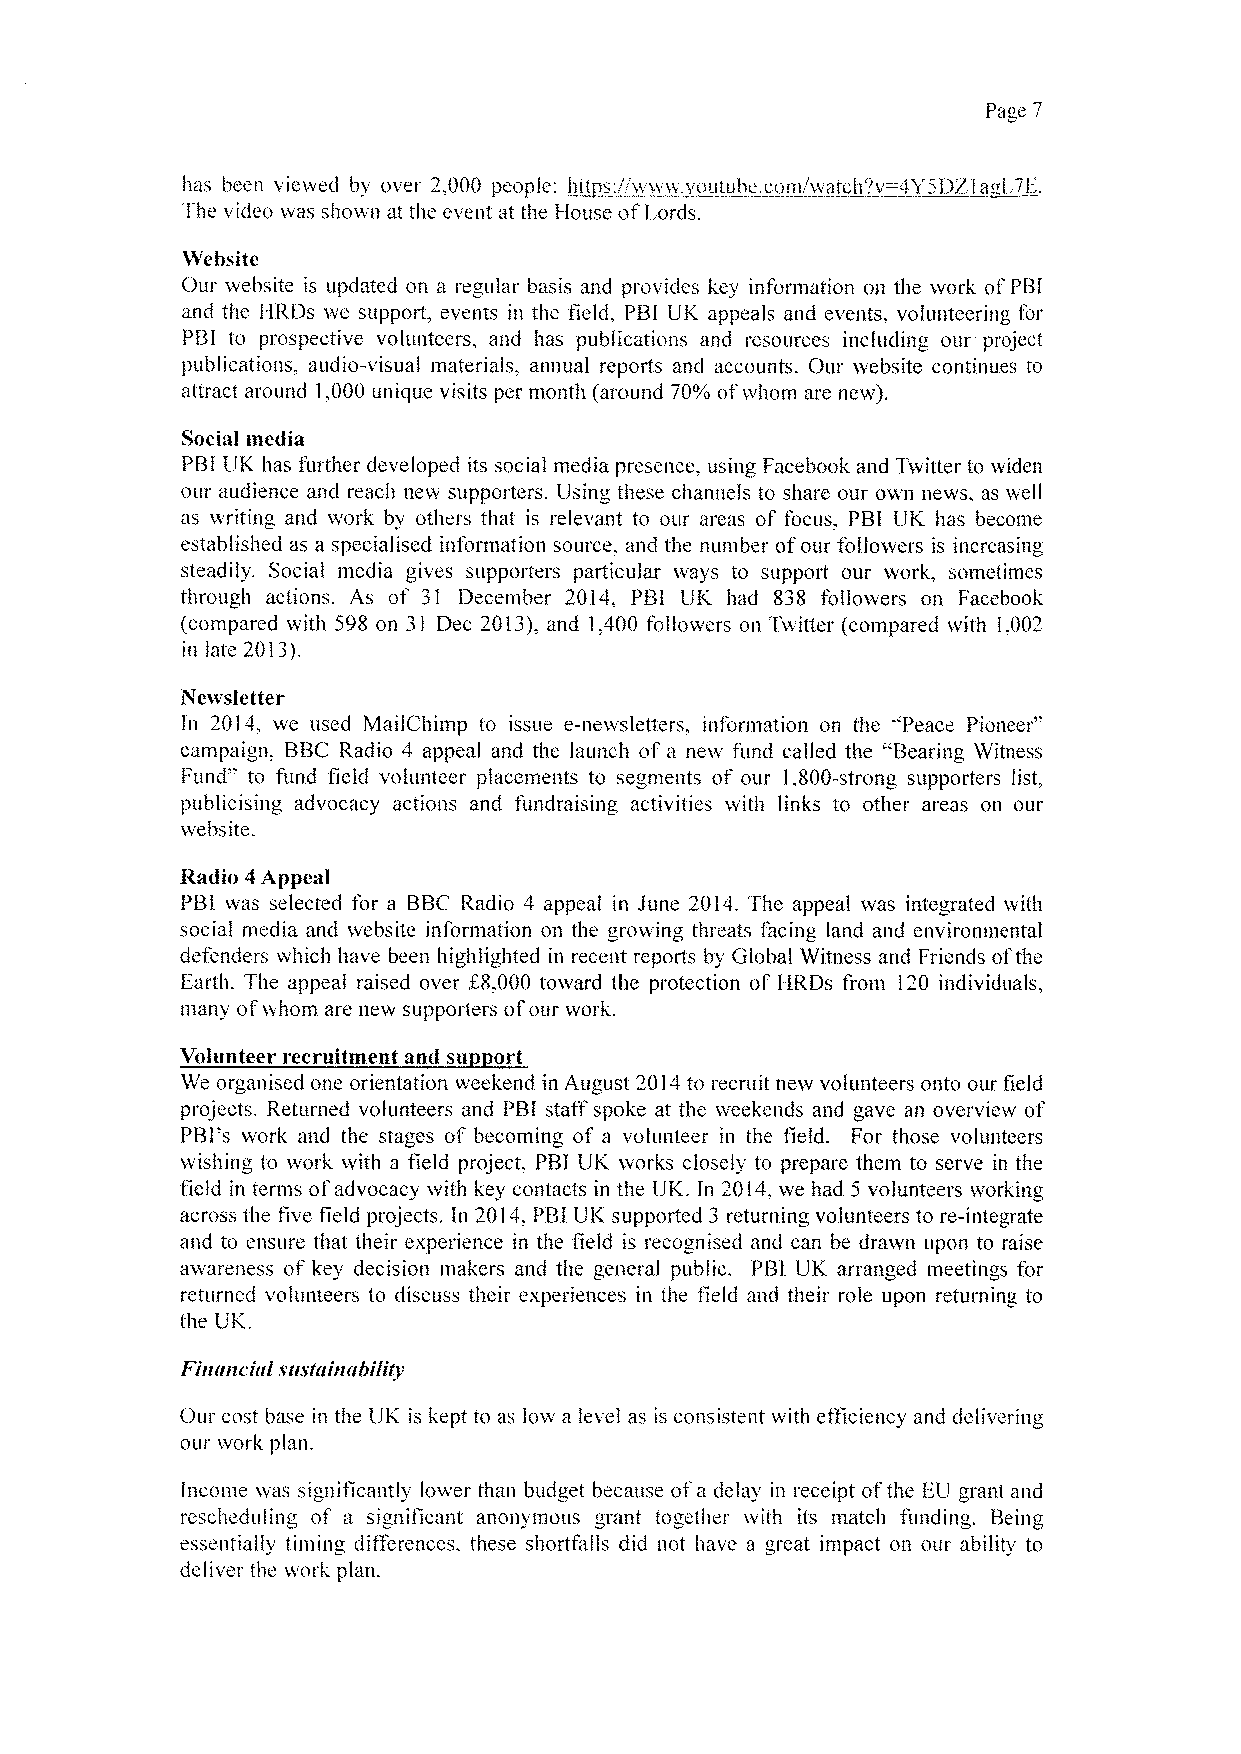
Page 7
 hus been viewed bv' over 2s000 people: ~hit s: vvww. vouiub .eornlwnreir*. 'v=&Y..DZis i 2E.
 The video vvas shown at the event at the House ofLords.
 Website
 Our website is updated on a regular basis and provides key information on the work of PBI
 and the HRDs we support, events in the field„PBI UK appeals and events, volunteering for
 PBI to prospective volunteers, and has publications and resources including our project
 publications. audio-visual materials, annual reports and accounts. Our website continues to
 attract around 1,000 unique visits per month (around 70%ofwllom ai'e llew).
 Social media
 PBI UK has further developed its social media presence, using Facebook and Twitter to widen
 our audience and reach new supporters. Using these channels to share our oven news, as well
 as writing and vvork by others that is relevant to our areas of focus. PBl UK has become
 established as a specialised information source„and the number ofour followers is increasing
 steadily. Social media gives supporters particular ways to support our work, sometimes
 through actions. As of 31 December 2014e PBI UK had 838 followers on Facebook
 {compared with 598 on 31 Dec 2013)e and 1,400 followers on Twitter (compared with le002
 in late 2013),
 Newsletter
 In 2014, vve used MailChimp to issue e-newsletters, information on the 'Peace Pioneer"
 campaign, BBC Radio 4 appeal and the launch of a new fund called the "Bearing Witness
 Fund"' to fund field volunteer placements to segments of our le800-strong supporters list,
 publicising advocacy actions and fundraising activities with links to other areas on our
 website.
 Radio 4Appeal
 PBI was selected for a BBC Radio 4 appeal in 3une 2014. The appeal was integrated with
 social media and website information on the growing threats facing land and environmental
 defenders which have been highlighted in recent reports by Global Witness and Friends ofthe
 Earth. The appeal raised over K8e000 toward the protection of HRDs fiom 120 individuals,
 many ofwhom are new supporters ofour work,
 Volunteer recruitment and su ort
 We organised one orientation weekend in August 2014to recruit new volunteers onto our field
 projects. Returned volunteers and PBI staff spoke at fhe weekends and gave an overview of
 PBIes work and the stages of becoming of a volunteer in the field. For those volunteers
 wishing to work vvith a field project, PBI UK works closely to prepare them to serve in the
 field in terms ofadvocacy with key contacts in the UK. In 2014e we had 5 volunteers working
 across the five field projects. In 2014, PBI UK supported 3 returning volunteers to re-integrate
 and to ensure that their experience in the field is recognised and can be drawn upon to raise
 awareness of key decision makers and the general public. PBI UK arranged meetings for
 returned volunteers to discuss their experiences in the field and their role upon returning to
 the UK.
 Financial snstai nabihty
 Our cost base in the UK is kept to as low a level as is consistent v ith etTiciency and delivering
 our work plan.
 hicome was si& nificantly lower than budget because ofa delay in receipt ofthe EU grant and
 rescheduling of a significant anonymous grant together with its match fundin&s. Being
 essentially tiining diAerences. these shortfalls did not have a great impact on our ability to
 deliver thc worl plan.